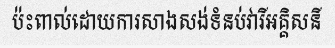
ប៉ះពាល់ដោយការសាងសង់ទំនប់វារីអគ្គិសនី